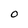
Character: O